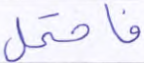
فاحتمل